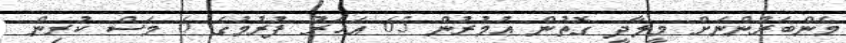
މެންބަރުންނަށް މީލާދީ ގޮތުން ޢުމުރުން 65 އަހަރު ފުރުމުގެ 6 މަސް ކުރިން